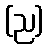
(ည)